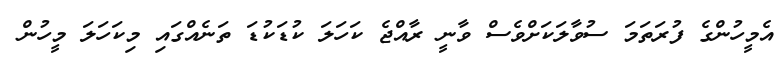
އެމީހުންގެ ފުރަތަމަ ސުވާލަކަށްވެސް ވާނީ ރާއްޖެ ކަހަލަ ކުޑަކުޑަ ތަނެއްގައި މިކަހަލަ މީހުން